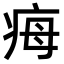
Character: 𤵝